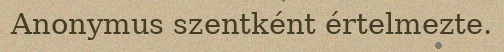
Anonymus szentként értelmezte.